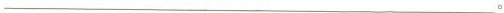
___ 。